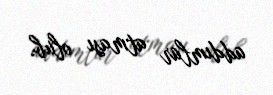
addımlar atması olub.